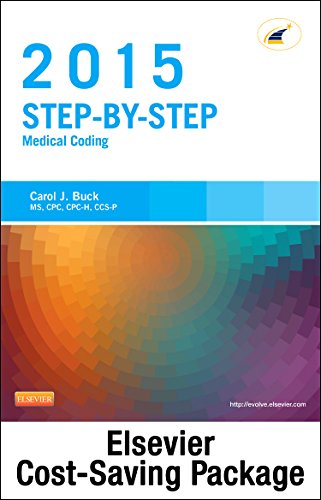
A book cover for Medical Coding Online for Step-by-Step Medical Coding 2015 Edition (Access Code & Textbook Package), 1e; Carol J. Buck MS  CPC  CCS-P; Medical Books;